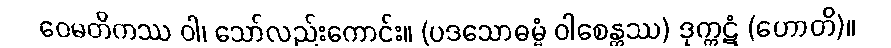
ဝေမတိကဿ ဝါ၊ သော်လည်းကောင်း။ (ပဒသောဓမ္မံ ဝါစေန္တဿ) ဒုက္ကဋံ (ဟောတိ)။